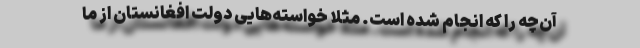
آن‌چه را که انجام شده است. مثلاً خواسته‌هایی دولت افغانستان از ما